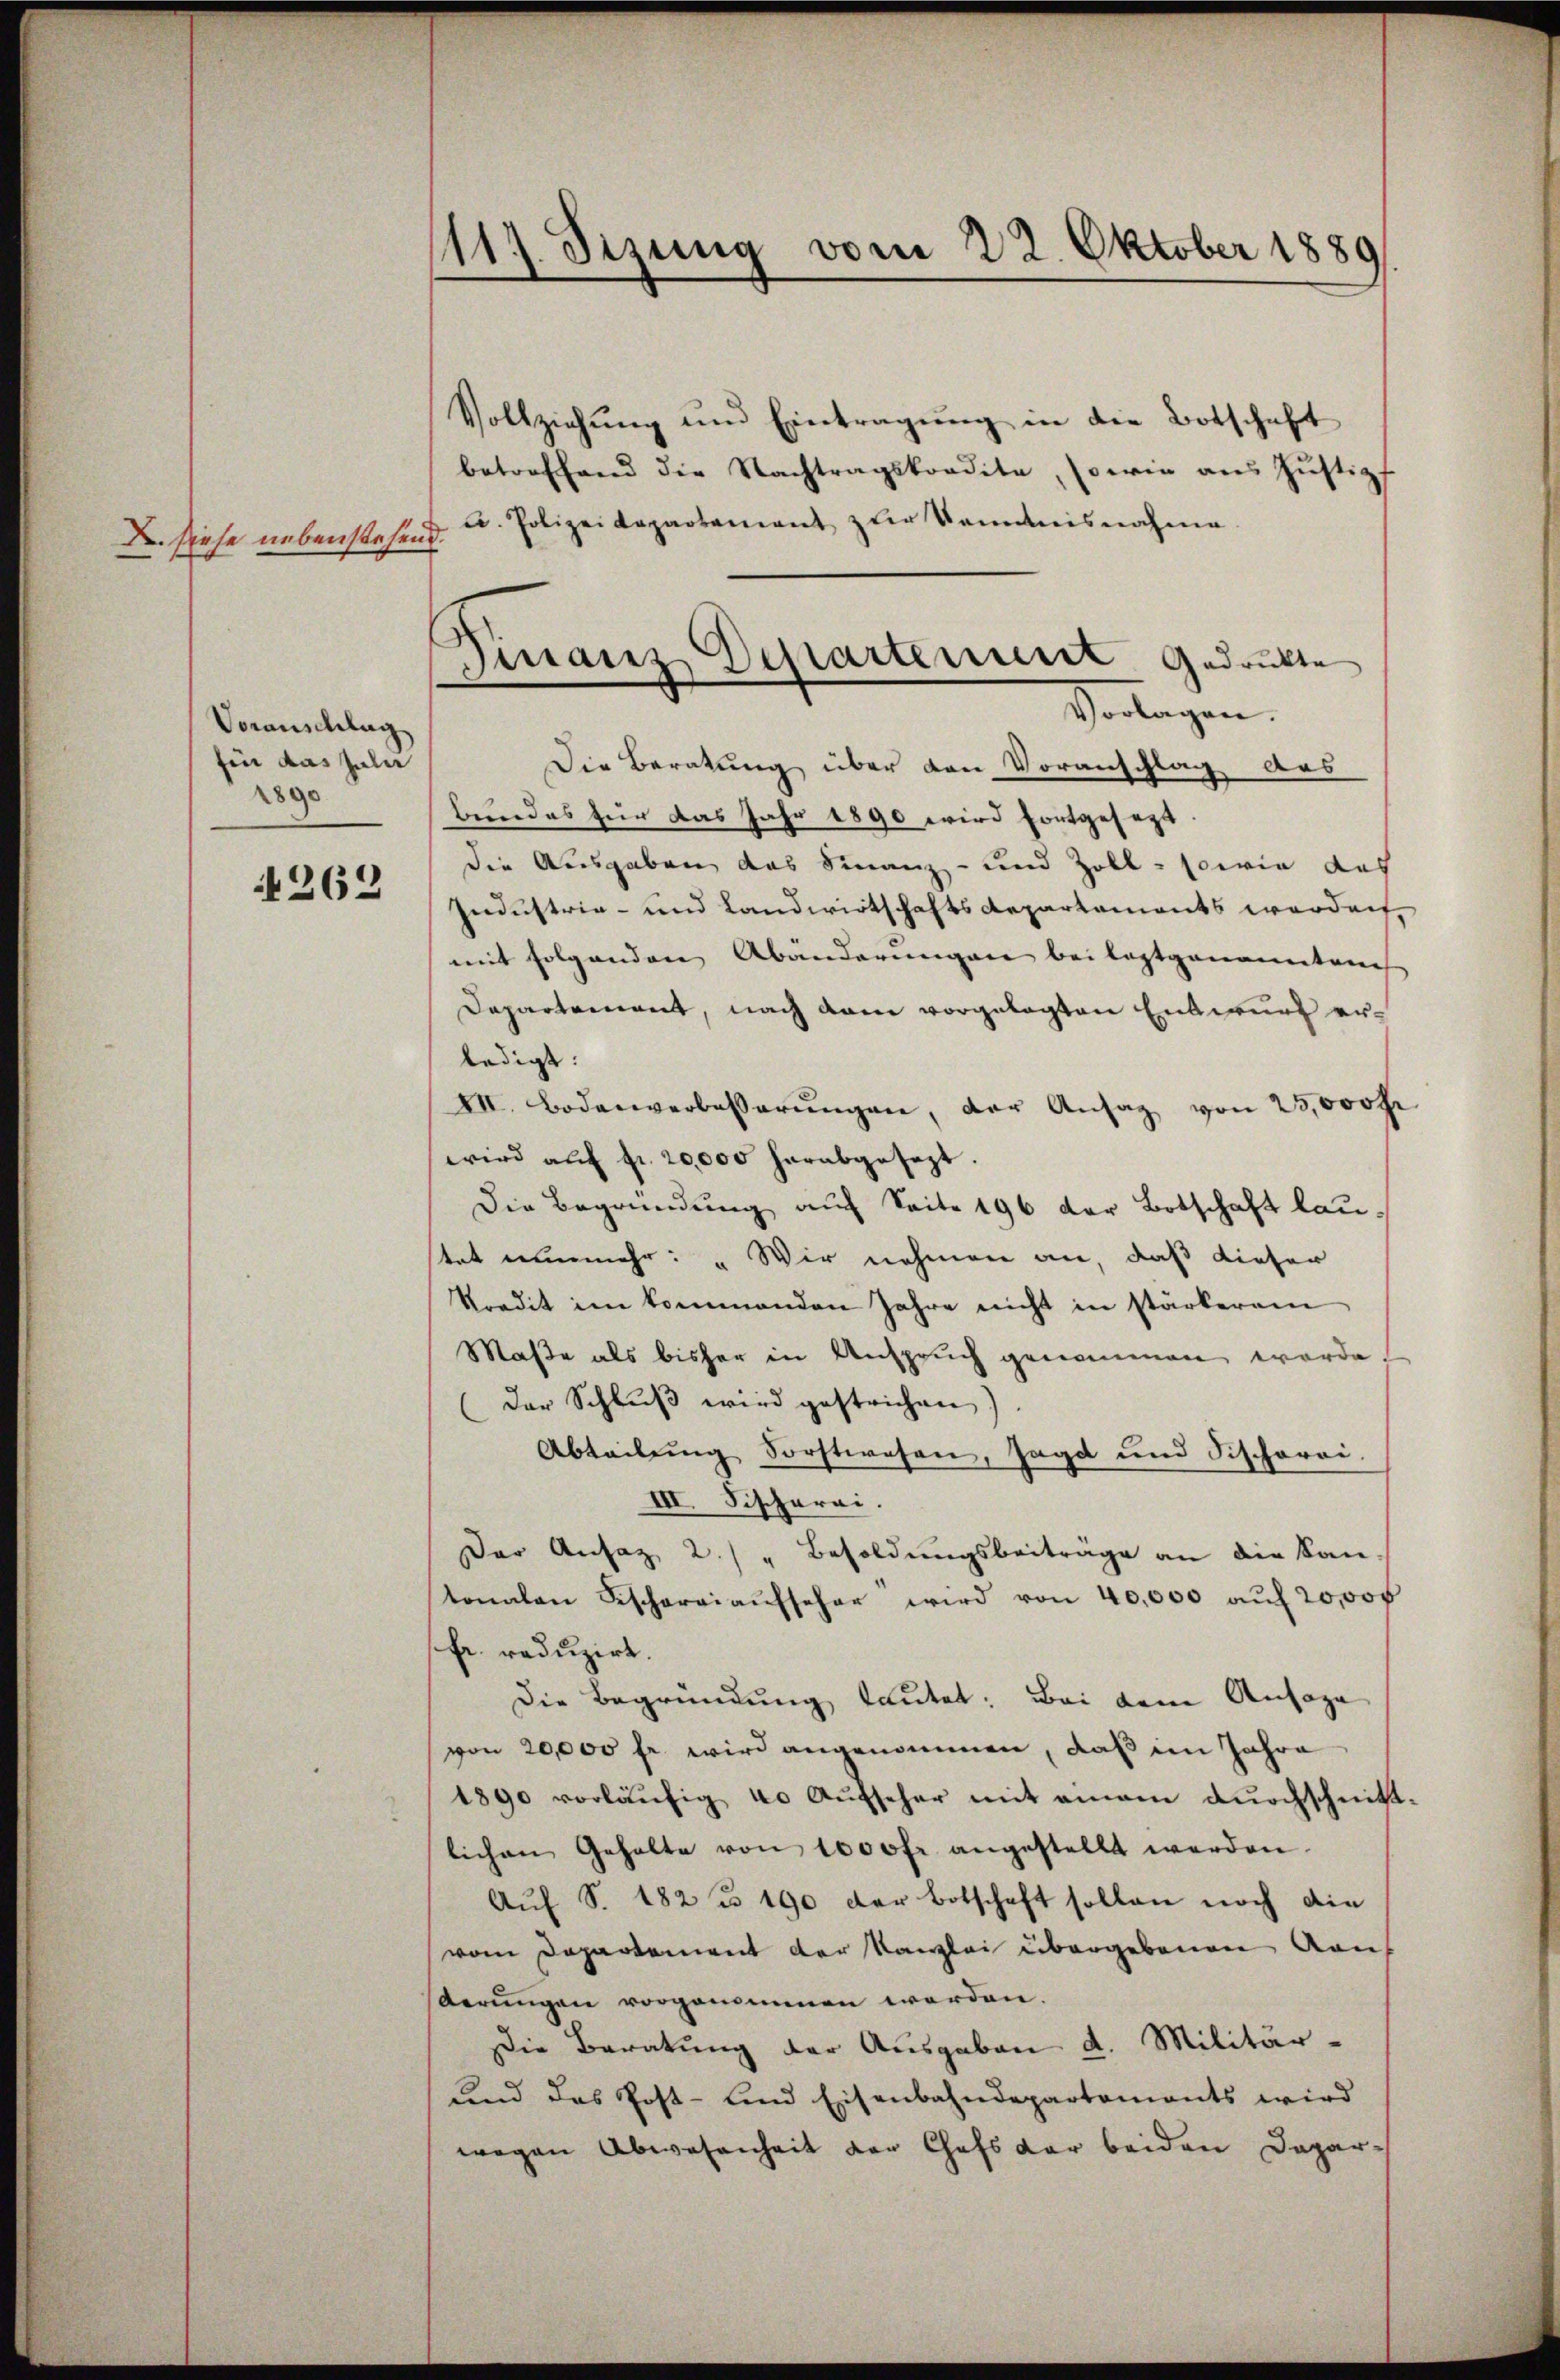
. siehe nebenstehen

Voranschlag
Ein das Juli
2890

262

1117. Sizung vom 22. Oktober 1889

Vollziehung und Eintragung in die Botschaft
betreffend die Nachtragskondita, sowie aus Justiz
t
u. Polizeidepartement zur Kenntnisnahme.
.
Die Beratung über den Voranschlag das
bundes für das Jahr 1890 wird fortgesezt
die Ausgaben das Finanz- und Zoll sowie das
Industrie- und Landwirtschafts Repartements werden,
mit folgenden Abänderungen bei leztgenanntene
Departement, nach dem vorgelegten Entwurf erledigt:
VII. Bodenverbesserŭngen, der Ansag von 25,000 Fr
wird aŭf fr. 20,000 herabgesezt.
Die Begründung auf Seite 196 der Botschaft laustet nunmehr: „Wir nehmen an, daß dieser
kredit im kommenden Jahre nicht in stärkerem
Maße als bisher in Anspruch genommen werde.
(Der Schlŭβ wird gestrichen)
Abteilung Forstwesen, sagt und Fischerei
III. Fischerei.
Der Ansaz 2.) " Besoldungsbeiträge an die kan-
tonalen Fischerei aŭfseher wird von 40,000 aŭf 20,000
Fr. reduzirt.
Die Begründung lautet: Bei dem Ansage
von 20,000 fr. wird angenommen, daß im Jahre
1890 vorläŭfig 40 Aŭfscher mit einem dŭrchschnitt-
lichen Gehalte von 1000fr. angestellt werden.
Auf S. 182 n 190 der Botschaft sollen noch die
vom Departement der Kanzlei übergebenen Kauf
derungen vorgenommen werden.
Die Beratung der Ausgaben d. Militär-
und das Post- und Eisenbahndepartaments wird
wegen Abwesenheit der Chefs der beiden Depar¬

Finanz Departement gedrukte

Vorlagen.